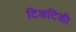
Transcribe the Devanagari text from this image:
टिकटिकी